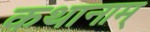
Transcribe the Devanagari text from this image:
कथानाम्